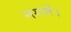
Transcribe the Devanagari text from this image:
नगमें।